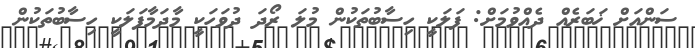
ސަންއަށް ޚަބަރެއް ދެއްވުމަށް: ފަލަކީ ހިސާބުތަކުން މުލަ ރޯދަ ދުވަހަކީ މާދަމާފަލަކީ ހިސާބުތަކުން